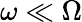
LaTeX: \omega\ll\Omega